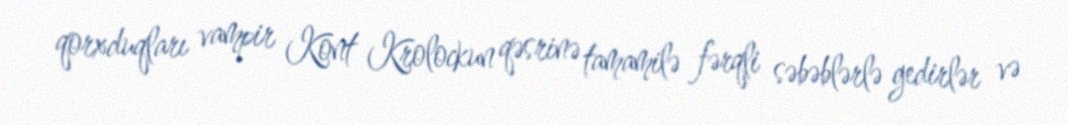
qorxduqları vampir Kont Krolockun qəsrinə tamamilə fərqli səbəblərlə gedirlər və